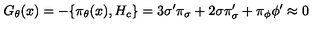
G _ { \theta } ( x ) = - \{ { \pi } _ { \theta } ( x ) , H _ { c } \} = 3 { \sigma } ^ { \prime } { \pi } _ { \sigma } + 2 \sigma { \pi } _ { \sigma } ^ { \prime } + { \pi } _ { \phi } { \phi } ^ { \prime } \approx 0